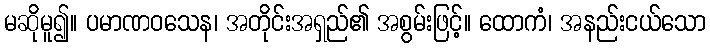
မဆိုမူ၍။ ပမာဏဝသေန၊ အတိုင်းအရှည်၏ အစွမ်းဖြင့်။ ထောကံ၊ အနည်းငယ်သော